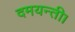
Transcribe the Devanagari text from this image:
दमयन्ती।